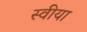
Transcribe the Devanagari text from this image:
स्वीया